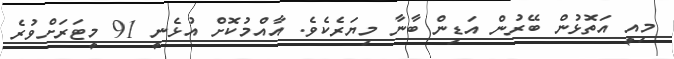
މިއީ އަތޮޅުން ބޭރުން އަޑިން ބާނާ މިޔަރެކެވެ. އާއްމުކޮށް އުޅެނީ 91 މީޓަރަށްވުރެ